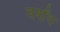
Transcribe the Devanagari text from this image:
वर्षांव